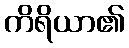
ကိရိယာ၏